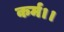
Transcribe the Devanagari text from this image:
कर्म।।